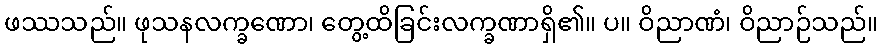
ဖဿသည်။ ဖုသနလက္ခဏော၊ တွေ့ထိခြင်းလက္ခဏာရှိ၏။ ပ။ ဝိညာဏံ၊ ဝိညာဉ်သည်။